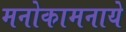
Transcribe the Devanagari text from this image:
मनोकामनाये